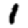
Digit: 1